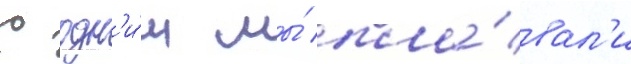
С одн'и́м мы́ пла́вал'и